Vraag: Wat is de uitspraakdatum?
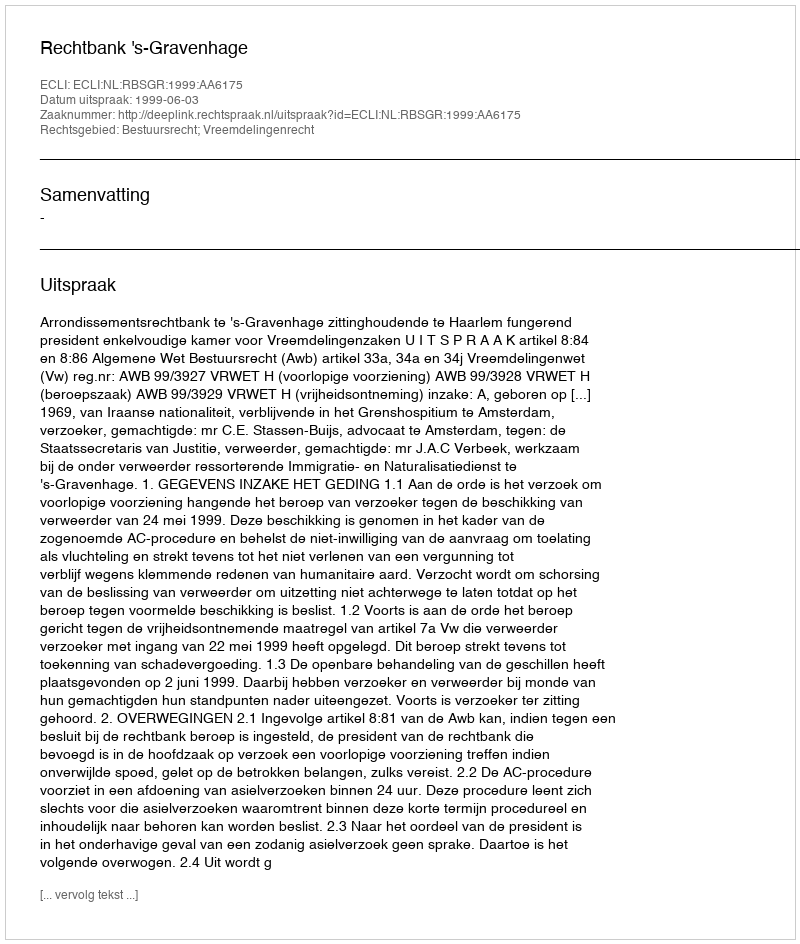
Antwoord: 1999-06-03